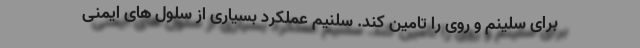
برای سلینم و روی را تامین کند. سلنیم عملکرد بسیاری از سلول های ایمنی